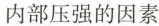
内部压强的因素